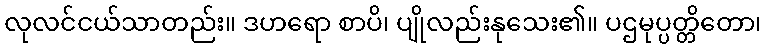
လုလင်ငယ်သာတည်း။ ဒဟရော စာပိ၊ ပျိုလည်းနုသေး၏။ ပဌမုပ္ပတ္တိတော၊